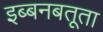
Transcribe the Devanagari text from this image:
इब्बनबतूता